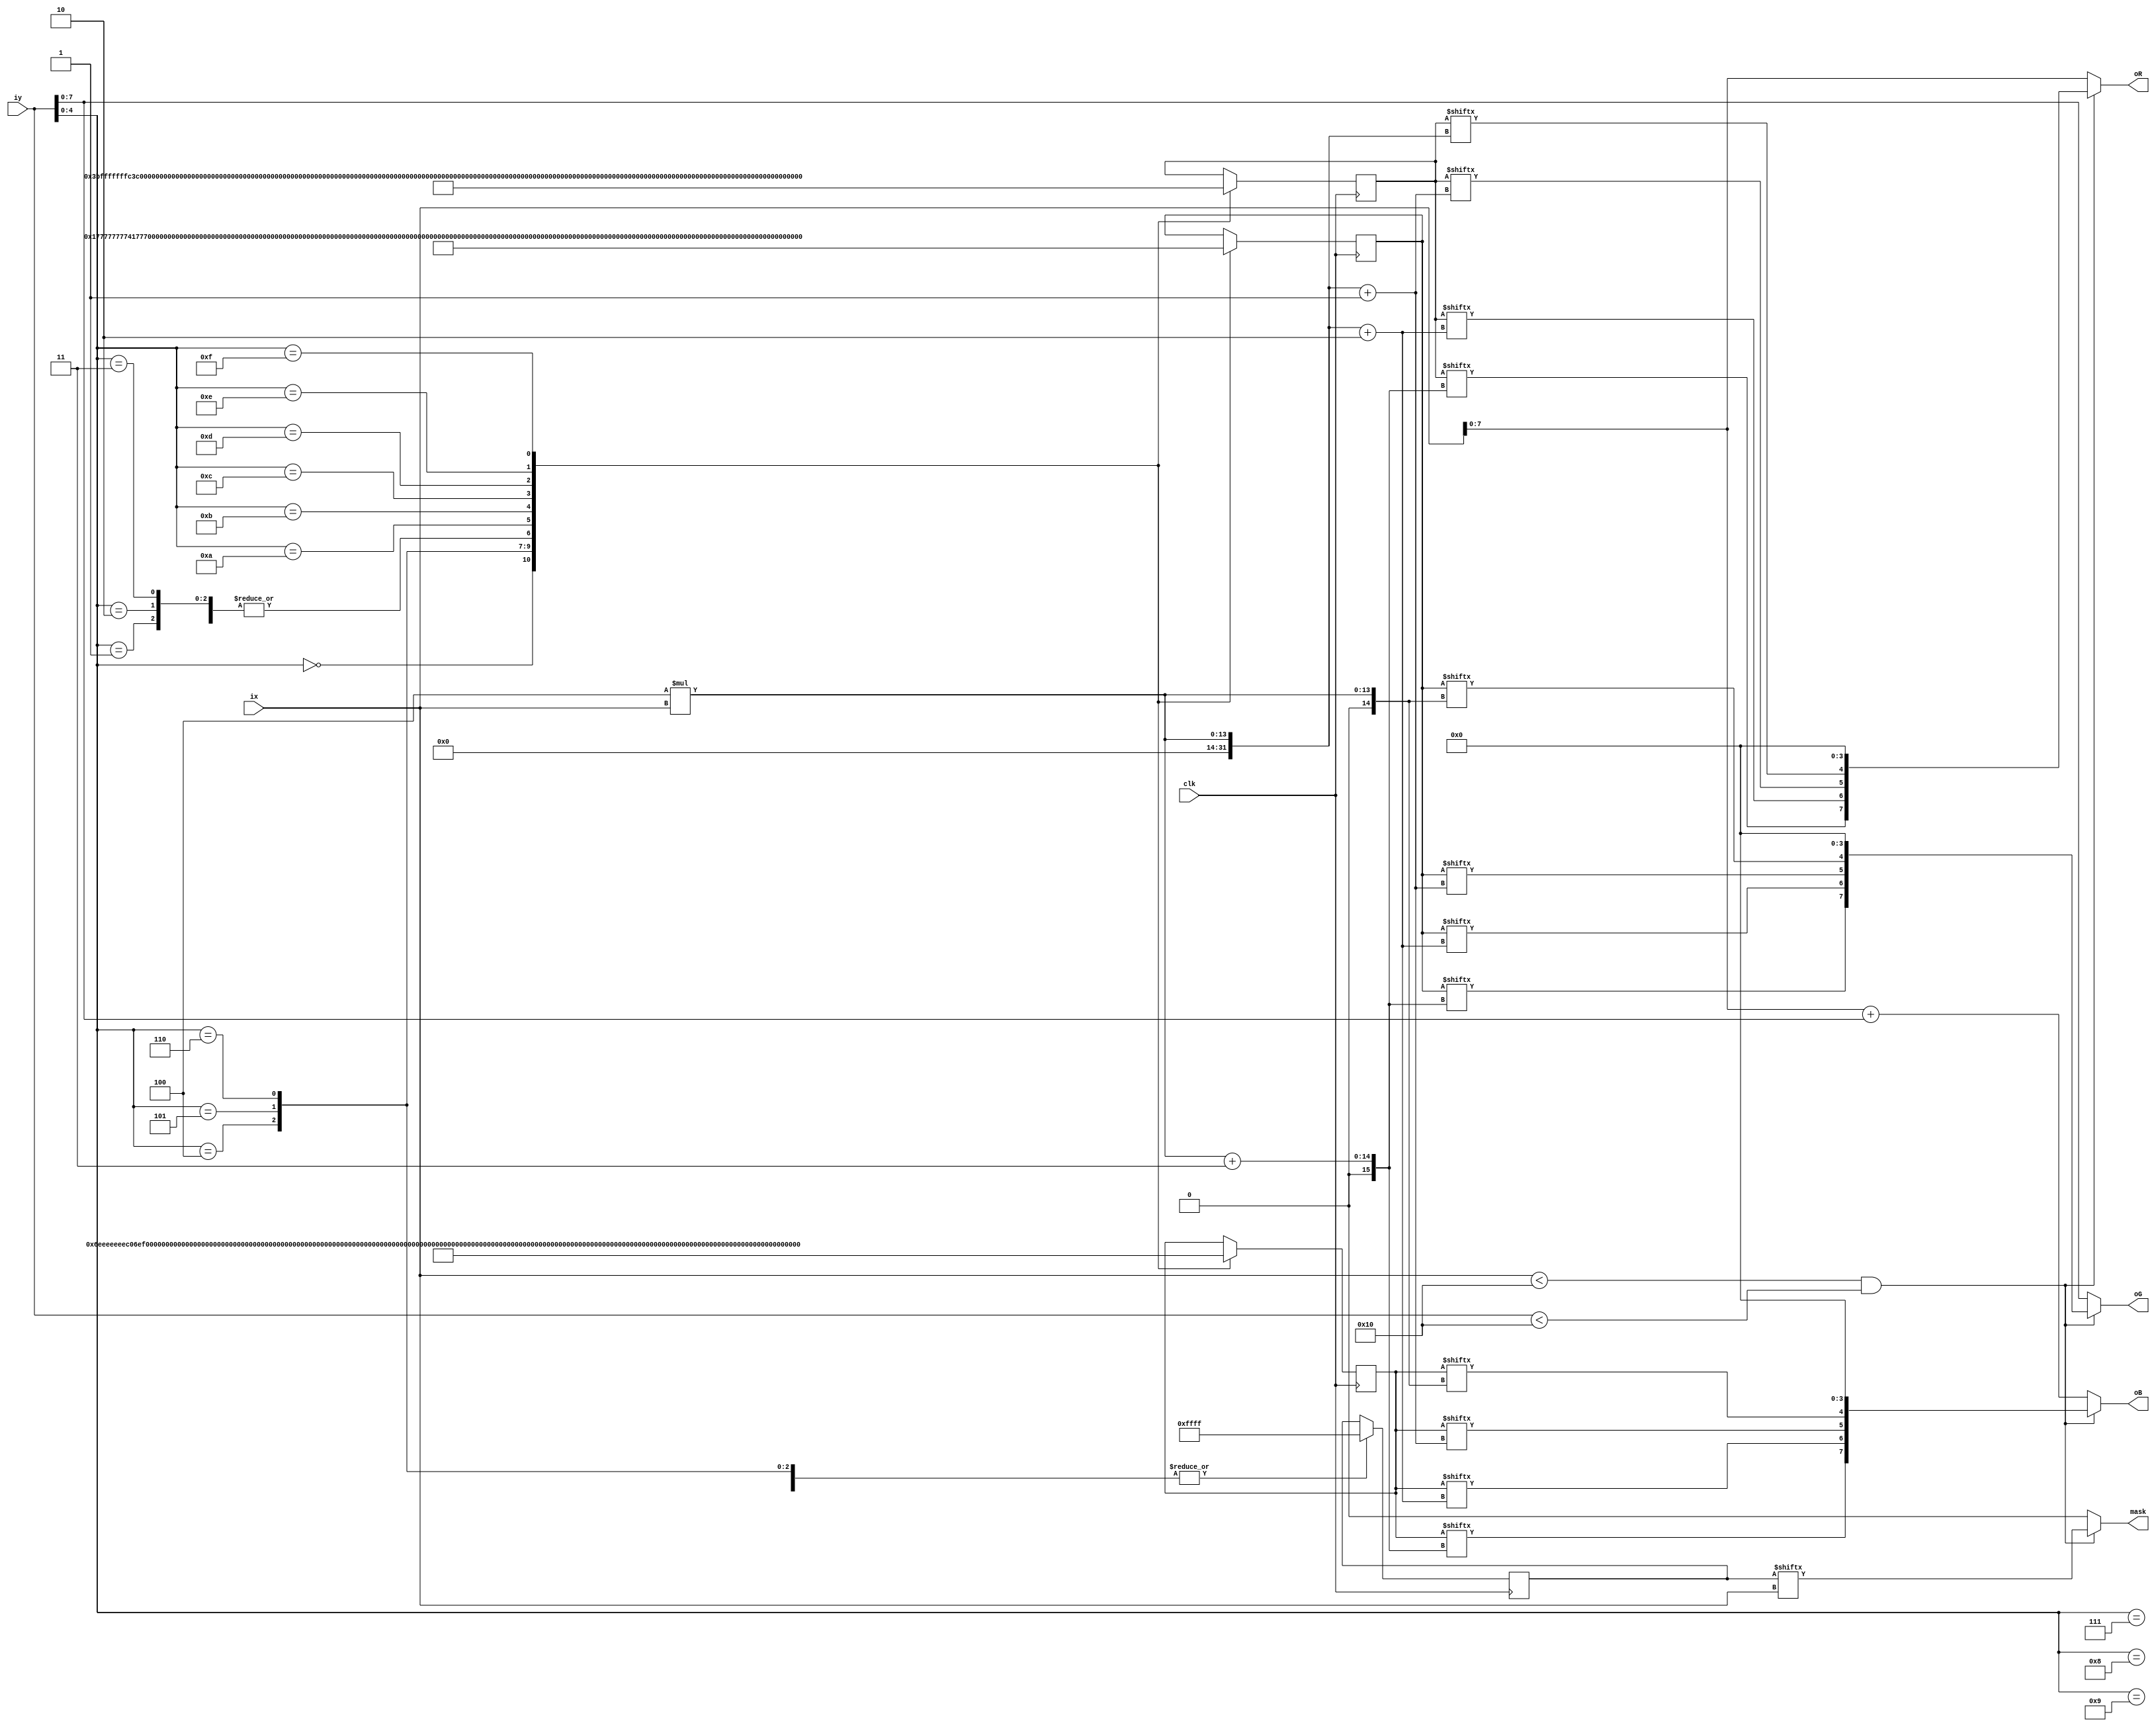
module ground(ix,iy,oR,oG,oB,mask,clk);
input clk;
input [10:0] ix;
input [10:0] iy;
output [7:0] oR;
output [7:0] oG;
output [7:0] oB;
output mask;
reg [64:0] ground_r;
reg [64:0] ground_g;
reg [64:0] ground_b;
reg [16:0] ground_a;
parameter x_size = 16,y_size = 16;
wire mask;

assign oR = (ix<x_size&&iy<y_size)?{ground_r[4*ix+3],ground_r[4*ix+2],ground_r[4*ix+1],ground_r[4*ix],4'b0000}:{ix[7:0]};
assign oG = (ix<x_size&&iy<y_size)?{ground_g[4*ix+3],ground_g[4*ix+2],ground_g[4*ix+1],ground_g[4*ix],4'b0000}:{iy[7:0]};
assign oB = (ix<x_size&&iy<y_size)?{ground_b[4*ix+3],ground_b[4*ix+2],ground_b[4*ix+1],ground_b[4*ix],4'b0000}:{ix+iy}; 
assign mask = (ix<x_size&&iy<y_size)?{ground_a[ix]}:0; 
always @(posedge clk)
begin
case(iy[4:0])
5'd0:ground_r=64'heffffffff0effffe;
5'd1:ground_r=64'hfeeeeeeee0feeee0;
5'd2:ground_r=64'hfeeeeeeee0feeee0;
5'd3:ground_r=64'hfeeeeeeee0feeee0;
5'd4:ground_r=64'hfeeeeeeee0f0eee0;
5'd5:ground_r=64'hfeeeeeeee0e0000e;
5'd6:ground_r=64'hfeeeeeeee0fffff0;
5'd7:ground_r=64'hfeeeeeeee0feeee0;
5'd8:ground_r=64'hfeeeeeeee0feeee0;
5'd9:ground_r=64'hfeeeeeeee0feeee0;
5'd10:ground_r=64'h00eeeeee0feeeee0;
5'd11:ground_r=64'hff00eeee0feeeee0;
5'd12:ground_r=64'hfeff0000feeeeee0;
5'd13:ground_r=64'hfeeefff0feeeeee0;
5'd14:ground_r=64'hfeeeeee0feeeee00;
5'd15:ground_r=64'he000000ef000000e;
endcase
case(iy[4:0])
5'd0:ground_g=64'h5dddddddd05dddd5;
5'd1:ground_g=64'hd555555550d55550;
5'd2:ground_g=64'hd555555550d55550;
5'd3:ground_g=64'hd555555550d55550;
5'd4:ground_g=64'hd555555550d05550;
5'd5:ground_g=64'hd555555550500005;
5'd6:ground_g=64'hd555555550ddddd0;
5'd7:ground_g=64'hd555555550d55550;
5'd8:ground_g=64'hd555555550d55550;
5'd9:ground_g=64'hd555555550d55550;
5'd10:ground_g=64'h005555550d555550;
5'd11:ground_g=64'hdd0055550d555550;
5'd12:ground_g=64'hd5dd0000d5555550;
5'd13:ground_g=64'hd555ddd0d5555550;
5'd14:ground_g=64'hd5555550d5555500;
5'd15:ground_g=64'h50000005d0000005;
endcase
case(iy[4:0])
5'd0:ground_b=64'h1bbbbbbbb01bbbb1;
5'd1:ground_b=64'hb111111110b11110;
5'd2:ground_b=64'hb111111110b11110;
5'd3:ground_b=64'hb111111110b11110;
5'd4:ground_b=64'hb111111110b01110;
5'd5:ground_b=64'hb111111110100001;
5'd6:ground_b=64'hb111111110bbbbb0;
5'd7:ground_b=64'hb111111110b11110;
5'd8:ground_b=64'hb111111110b11110;
5'd9:ground_b=64'hb111111110b11110;
5'd10:ground_b=64'h001111110b111110;
5'd11:ground_b=64'hbb0011110b111110;
5'd12:ground_b=64'hb1bb0000b1111110;
5'd13:ground_b=64'hb111bbb0b1111110;
5'd14:ground_b=64'hb1111110b1111100;
5'd15:ground_b=64'h10000001b0000001;
endcase
case(iy[4:0])
5'd0:ground_a=16'b1111111111111111;
5'd1:ground_a=16'b1111111111111111;
5'd2:ground_a=16'b1111111111111111;
5'd3:ground_a=16'b1111111111111111;
5'd4:ground_a=16'b1111111111111111;
5'd5:ground_a=16'b1111111111111111;
5'd6:ground_a=16'b1111111111111111;
5'd7:ground_a=16'b1111111111111111;
5'd8:ground_a=16'b1111111111111111;
5'd9:ground_a=16'b1111111111111111;
5'd10:ground_a=16'b1111111111111111;
5'd11:ground_a=16'b1111111111111111;
5'd12:ground_a=16'b1111111111111111;
5'd13:ground_a=16'b1111111111111111;
5'd14:ground_a=16'b1111111111111111;
5'd15:ground_a=16'b1111111111111111;
endcase
end
endmodule